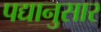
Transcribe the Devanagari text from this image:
पद्यानुसार